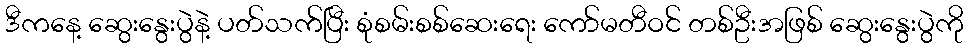
ဒီကနေ့ ဆွေးနွေးပွဲနဲ့ ပတ်သက်ပြီး စုံစမ်းစစ်ဆေးရေး ကော်မတီဝင် တစ်ဦးအဖြစ် ဆွေးနွေးပွဲကို